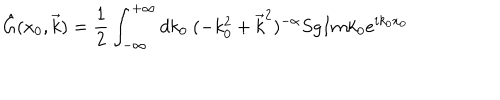
LaTeX: \hat { G } ( x _ { 0 } , \vec { k } ) = \frac { 1 } { 2 } \int _ { - \infty } ^ { + \infty } d k _ { 0 } ~ ( - k _ { 0 } ^ { 2 } + \vec { k } ^ { 2 } ) ^ { - \alpha } S g I m k _ { 0 } e ^ { i k _ { 0 } x _ { 0 } }